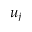
u _ { j }